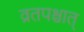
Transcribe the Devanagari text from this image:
व्रतपश्चात्‌